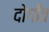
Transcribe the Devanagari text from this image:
दोगाँव